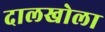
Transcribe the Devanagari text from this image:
दालखोला